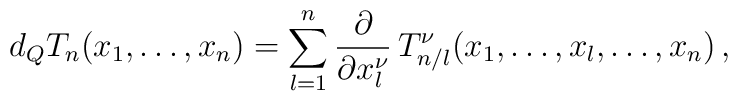
d_{Q}T_{n}(x_{1},\ldots ,x_{n})=\sum_{l=1}^{n}\frac{\partial}{\partial x^{\nu}_{l}}\, T_{n/l}^{\nu}(x_{1},\ldots , x_{l},\ldots ,x_{n}) \, ,